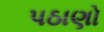
પઠાણો